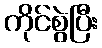
ကိုင်စွဲပြီး